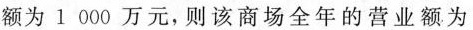
额为1000万元，则该商场全年的营业额为